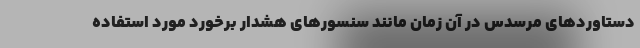
دستاوردهای مرسدس در آن زمان مانند سنسورهای هشدار برخورد مورد استفاده